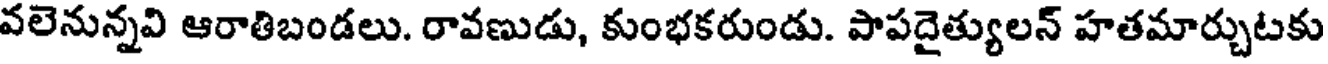
వలెనున్నవి ఆరాతిబండలు. రావణుడు, కుంభకరుండు. పాపదైత్యులన్ హతమార్చుటకు